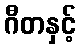
ဂီတနှင့်